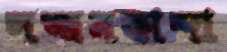
সজ্জনকান্দা